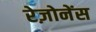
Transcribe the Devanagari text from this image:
रेज़ोनेंस